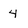
Character: 4